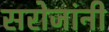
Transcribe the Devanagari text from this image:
सरोजांनी